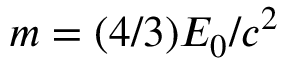
m = ( 4 / 3 ) E _ { 0 } / c ^ { 2 }